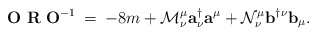
\begin{align*}{\mathbf O}\,\,{\mathbf R}\,\,{\mathbf O}^{-1} \:=\: -8m +{\cal M}_{\nu}^{\mu}{\mathbf a}^{\dagger}_{\nu}{\mathbf a}^{\mu} +{\cal N}_{\nu}^{\mu}{\mathbf b}^{\dagger\nu}{\mathbf b}_{\mu}.\end{align*}